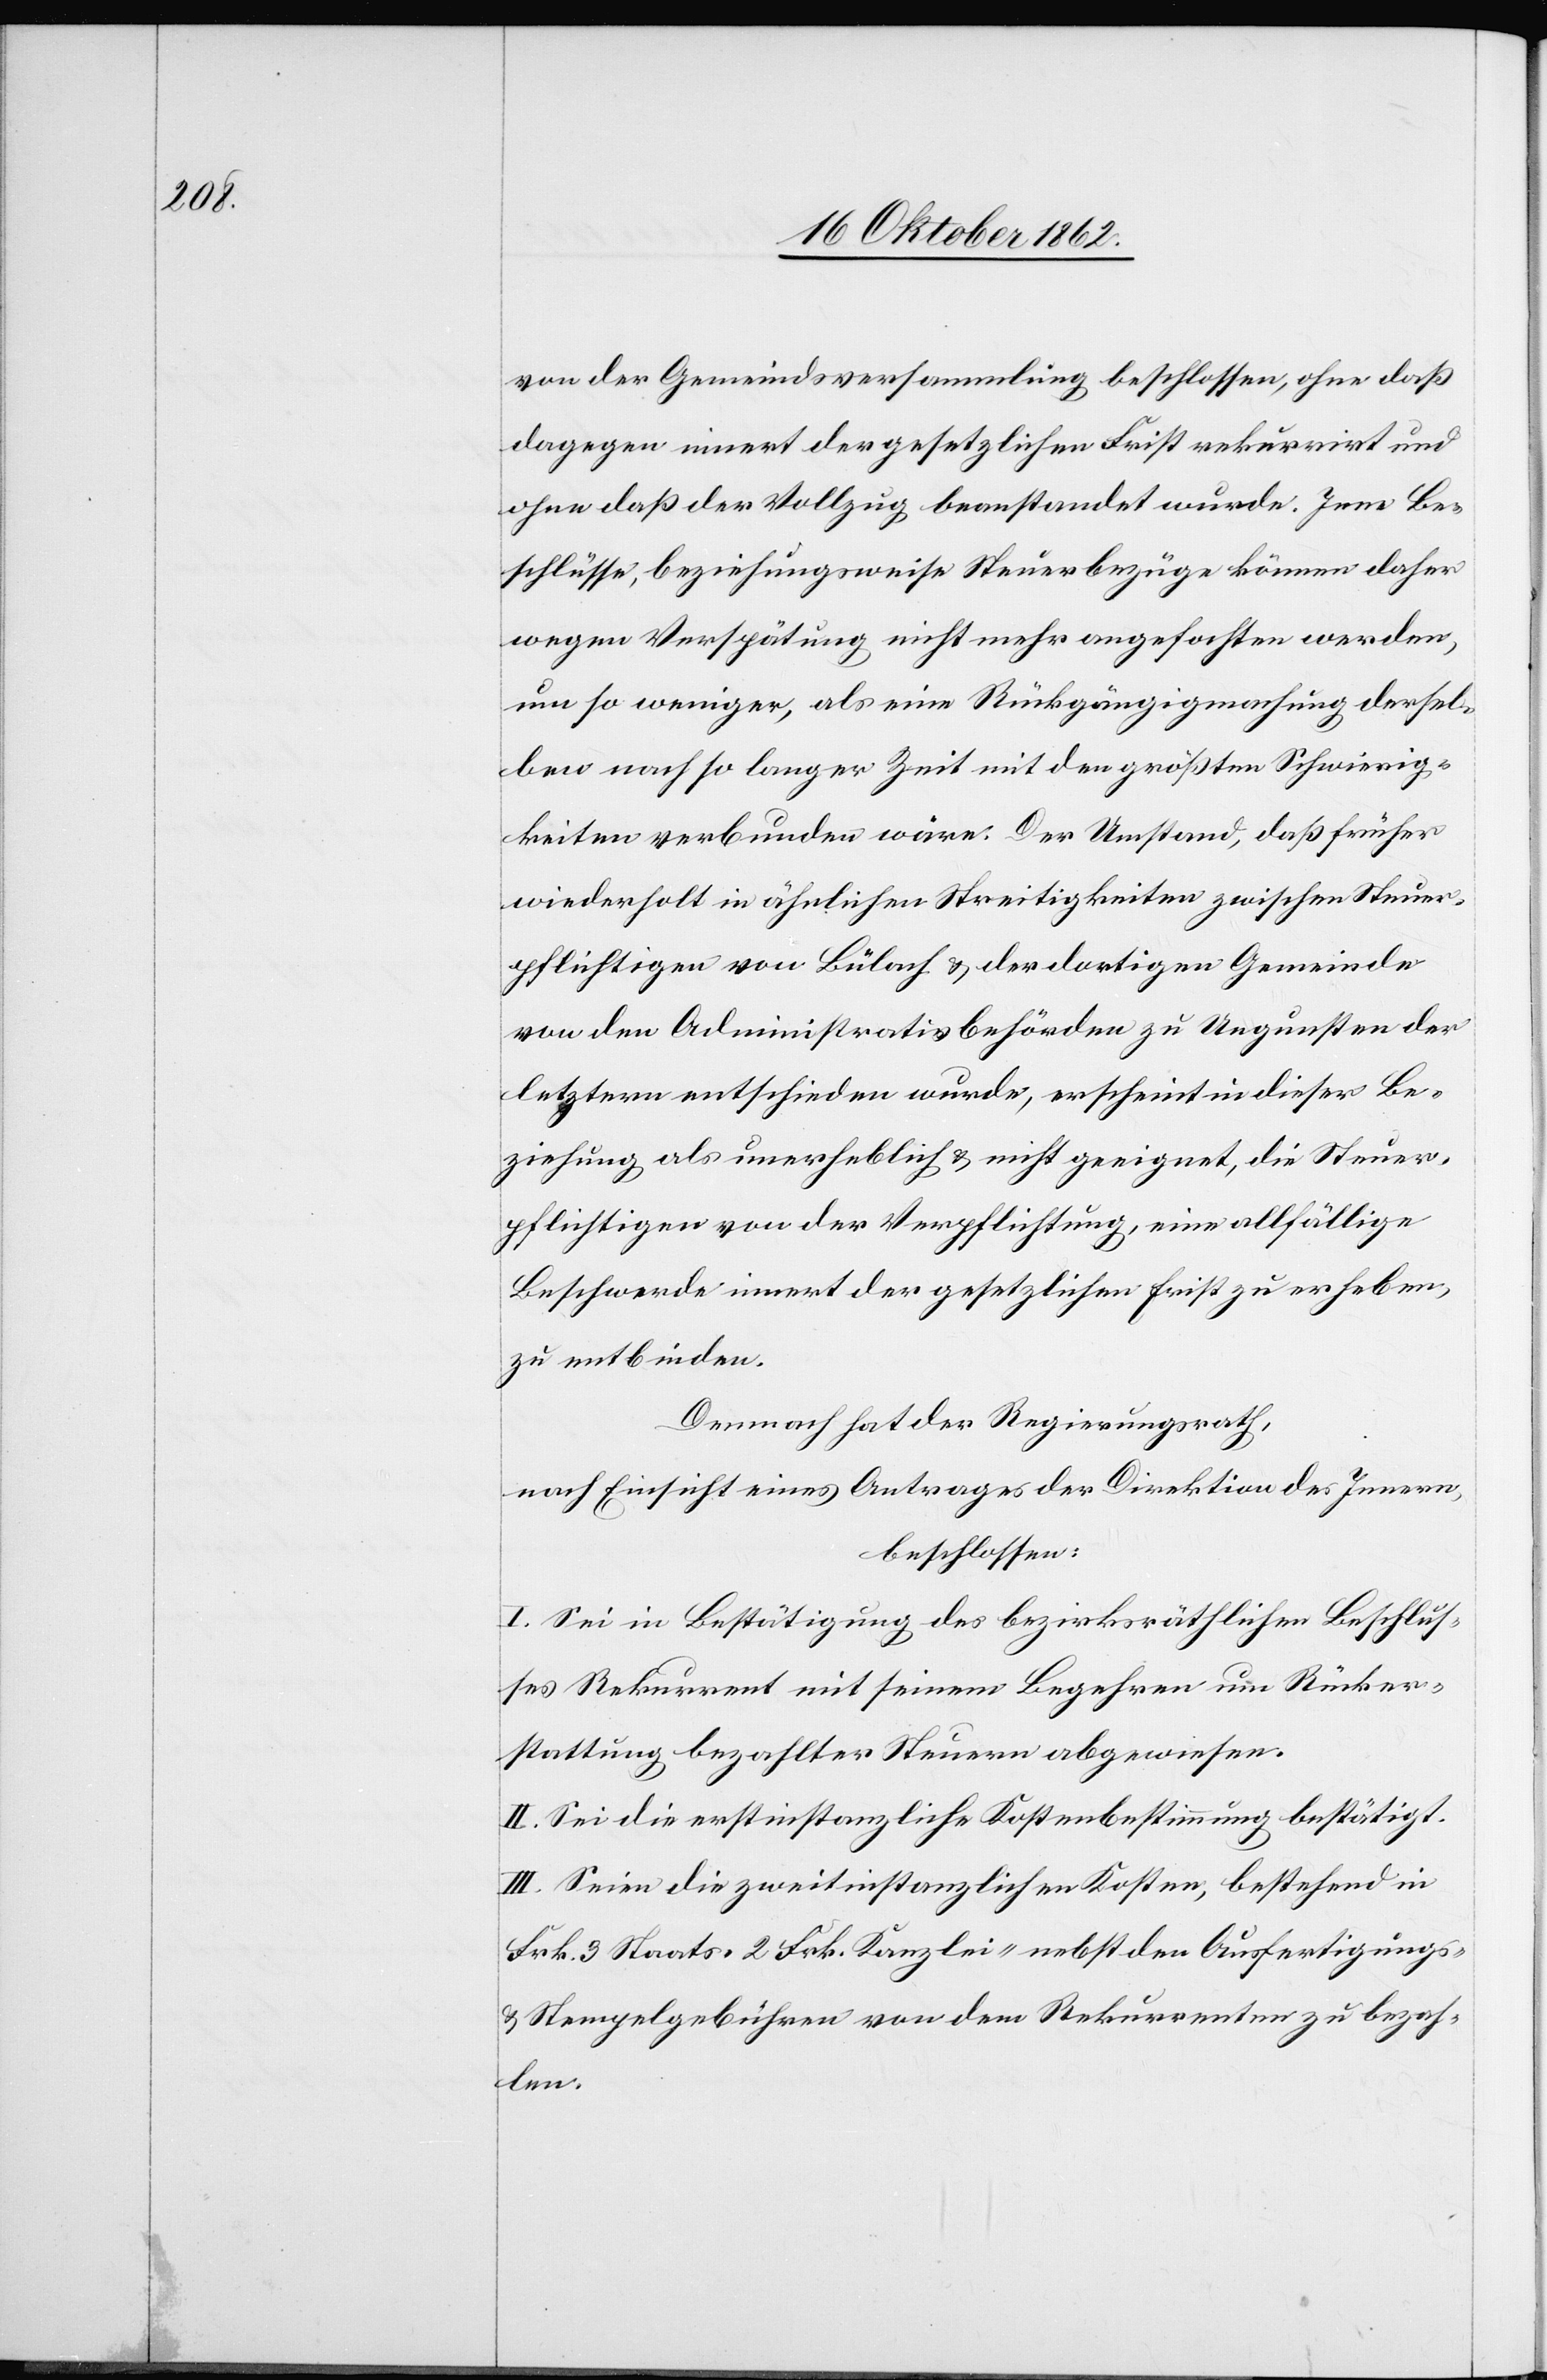
von der Gemeindsversammlung beschlossen, ohne daß
dagegen innert der gesetzlichen Frist rekurrirt und
ohne daß der Vollzug beanstandet wurde. Jene Be¬
schlüsse, beziehungsweise Steuerbezüge können daher
wegen Verspätung nicht mehr angefochten werden,
um so weniger, als eine Rückgängigmachung dersel¬
ben nach so langer Zeit mit den größten Schwierig¬
keiten verbunden wäre. Der Umstand, daß früher
wiederholt in ähnlichen Streitigkeiten zwischen Steuer¬
pflichtigen von Bülach u. der dortigen Gemeinde
von den Administrativbehörden zu Ungunsten der
letztern entschieden wurde, erscheint in dieser Be¬
ziehung als unerheblich u. nicht geeignet, die Steuer¬
pflichtigen von der Verpflichtung, eine allfällige
Beschwerde innert der gesetzlichen Frist zu erheben,
zu entbinden.
Demnach hat der Regierungsrath,
nach Einsicht eines Antrages der Direktion des innern,
beschlossen:
I. Sei in Bestätigung des bezirksräthlichen Beschlus¬
ses Rekurrent mit seinem Begehren um Rücker¬
stattung bezahlter Steuern abgewiesen.
II. Sei die erstinstanzliche Kostenbestimmung bestätigt.
III. Seien die zweitinstanzlichen Kosten, bestehend in
Frk. 3 Staats-[,] 2 Frk. Kanzlei- nebst den Ausfertigungs-
u. Stempelgebühren von dem Rekurrenten zu bezah¬
len.